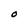
Character: 0